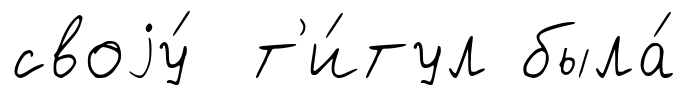
своjу́ т'и́тул была́